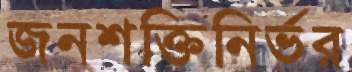
জনশক্তিনির্ভর